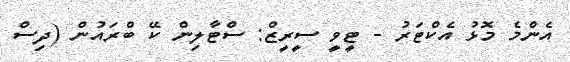
އެންމެ މޮޅު އެކްޓަރު - ޓީވީ ސީރީޒް: ސްޓާލިން ކޭ ބްރައުން (ދިސް